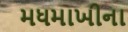
મધમાખીના